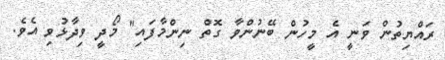
ރައްޔިތުން ވަނީ އެ މީހުން ބޭނުންވާ ގޮތް ނިންމާފައި" މޯދީ ވިދާޅުވި އެވެ.